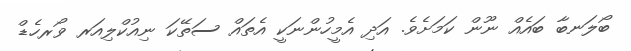
ބޯލަނބާ ބައެއް ނޫން ކަމަށެވެ. އަދި އެމީހުންނަކީ އެތައް ސަތޭކަ ނިއުކްލިއަރ ވޯރހެޑް